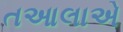
તઆલાએ